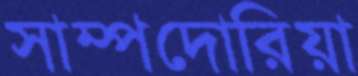
সাম্পদোরিয়া